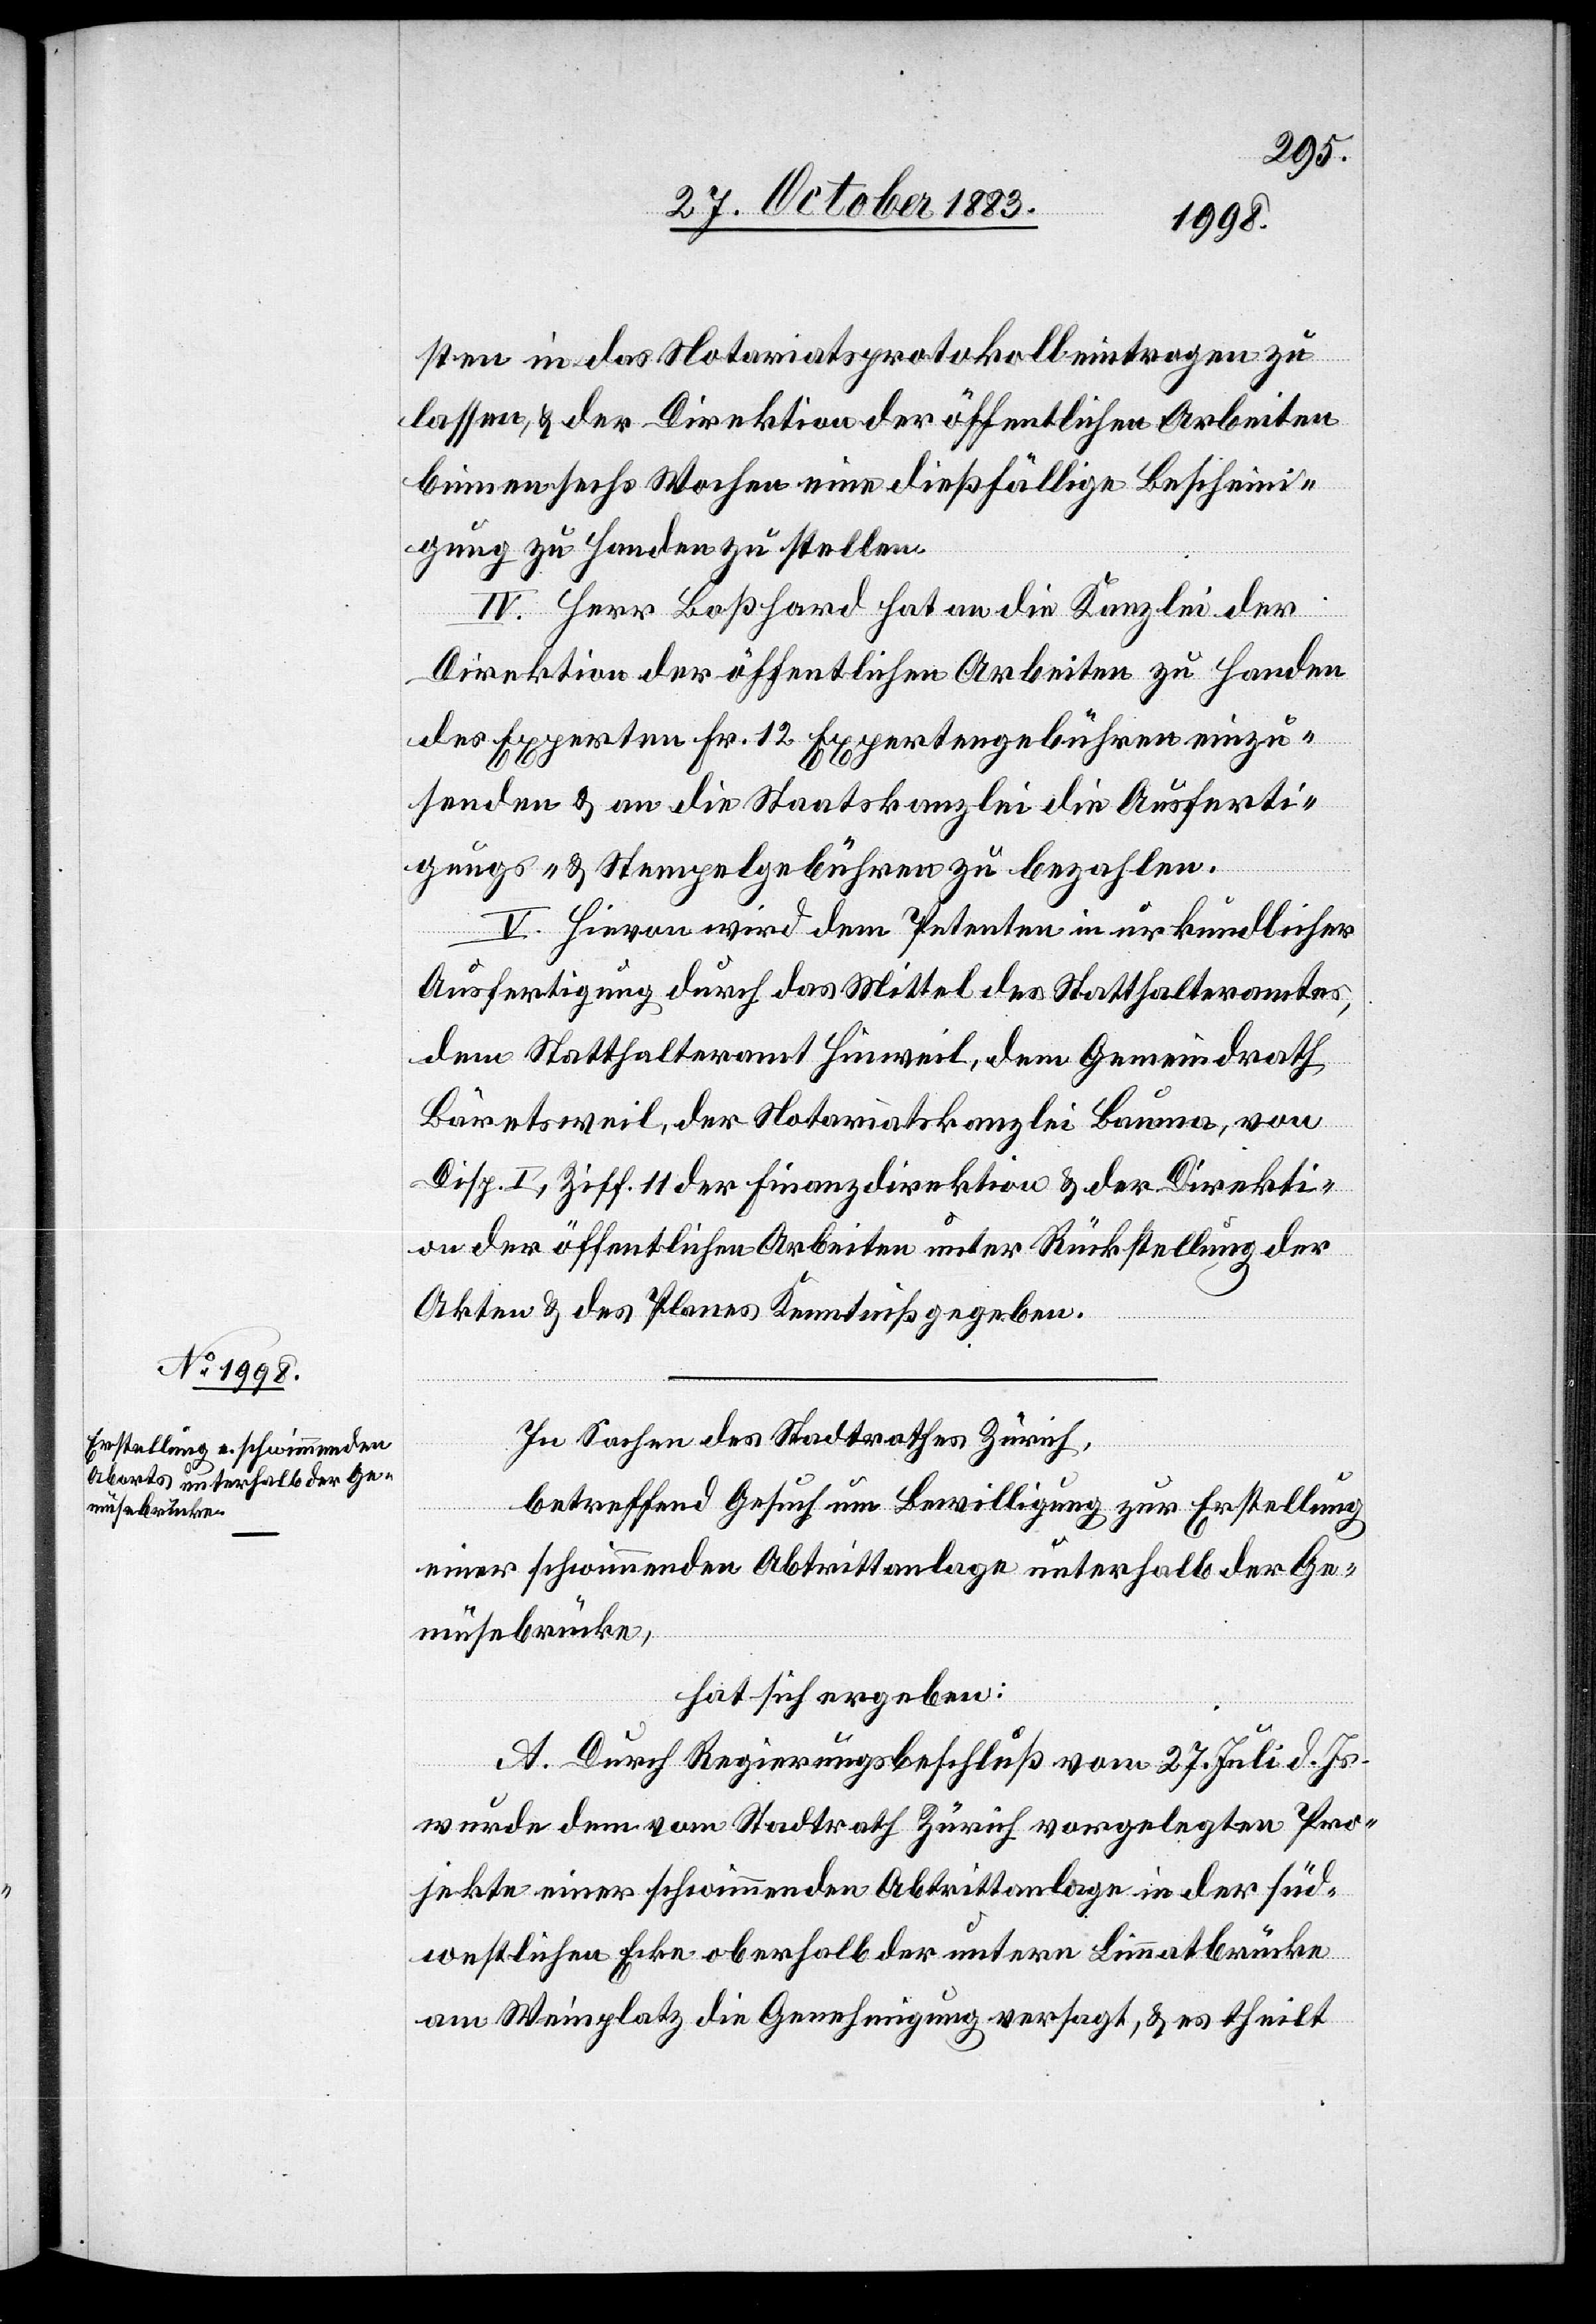
sten in das Notariatsprotokoll eintragen zu
lassen, & der Direktion der öffentlichen Arbeiten
binnen sechs Wochen eine dießfällige Bescheini¬
gung zu Handen zu stellen.
IV. Herr Boßhard hat an die Kanzlei der
Direktion der öffentlichen Arbeiten zu Handen
des Experten Fr. 12 Expertengebühren einzu¬
senden & an die Staatskanzlei die Ausferti¬
gungs- & Stempelgebühren zu bezahlen.
V. hievon wird dem Petenten in urkundlicher
Ausfertigung durch das Mittel des Statthalteramtes,
dem Statthalteramt Hinweil, dem Gemeindrath
Bäretsweil, der Notariatskanzlei Bauma, von
Disp. I, Ziff. 11 der Finanzdirektion & der Direkti¬
on der öffentlichen Arbeiten unter Rückstellung der
Akten & des Planes Kenntniß gegeben.
In Sachen des Stadtrathes Zürich,
betreffend Gesuch um Bewilligung zur Erstellung
einer schwimmenden Abtrittanlage unterhalb der Ge¬
müsebrücke,
hat sich ergeben:
A. Durch Regierungsbeschluß vom 27. Juli d. Js.
wurde dem vom Stadtrath Zürich vorgelegten Pro¬
jekte einer schwimmenden Abtrittanlage in der süd¬
westlichen Ecke oberhalb der untern Limmatbrücke
am Weinplatz die Genehmigung versagt, & es theilt